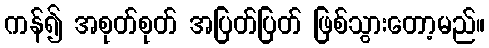
ကန်၍ အစုတ်စုတ် အပြတ်ပြတ် ဖြစ်သွားတော့မည်။